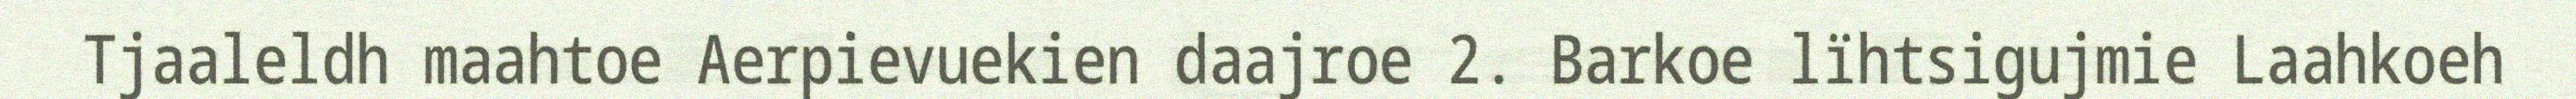
Tjaaleldh maahtoe Aerpievuekien daajroe 2. Barkoe lïhtsigujmie Laahkoeh